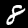
Label: 8